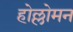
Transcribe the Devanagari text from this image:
होल्लोमन